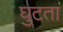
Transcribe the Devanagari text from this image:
घुटता